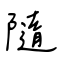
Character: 隨